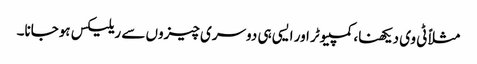
مثلاً ٹی وی دیکھنا، کمپیوٹر اور ایسی ہی دوسری چیزوں سے ریلیکس ہوجانا۔